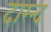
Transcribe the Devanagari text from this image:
दारन्द